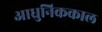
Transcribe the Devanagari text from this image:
आधुनिककाल